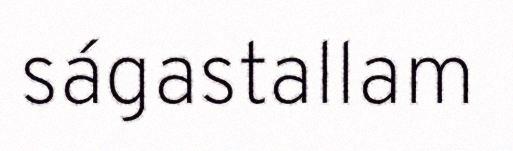
ságastallam